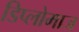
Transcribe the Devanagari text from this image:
डिप्लोमाज